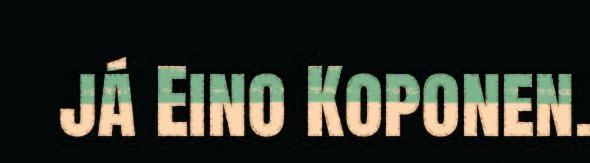
já Eino Koponen.